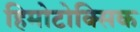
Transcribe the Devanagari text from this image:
हिमोटोक्सिक